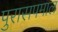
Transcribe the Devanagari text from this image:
पुरासपमाल